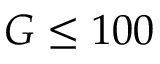
G \leq 1 0 0